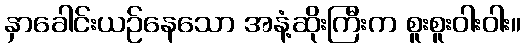
နှာခေါင်းယဉ်နေသော အနံ့ဆိုးကြီးက စူးစူးဝါးဝါး။